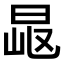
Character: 𣆠